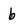
Character: b